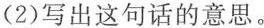
(2)写出这句话的意思。